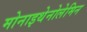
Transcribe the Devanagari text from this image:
मोनाइथेनोलेमिन